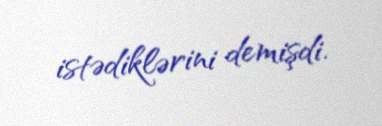
istədiklərini demişdi.